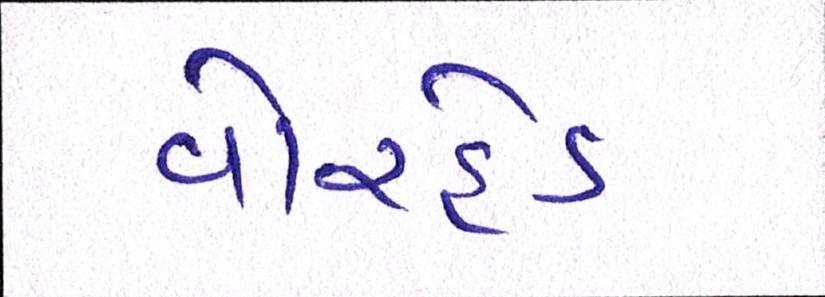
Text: વોરહેડ